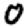
Digit: 0